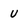
Character: U